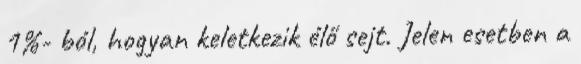
1%- ból, hogyan keletkezik élő sejt. Jelen esetben a